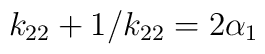
k_{22} + 1 / k_{22} = 2 \alpha _1